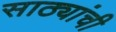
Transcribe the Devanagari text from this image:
साठ्यांची